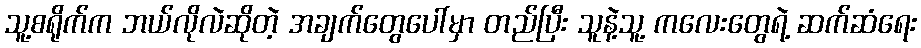
သူ့စရိုက်က ဘယ်လိုလဲဆိုတဲ့ အချက်တွေပေါ်မှာ တည်ပြီး သူနဲ့သူ့ ကလေးတွေရဲ့ ဆက်ဆံရေး